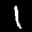
Label: 1